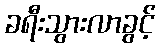
ခရီးသွားလာခွင့်